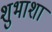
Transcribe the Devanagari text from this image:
शुभाशा